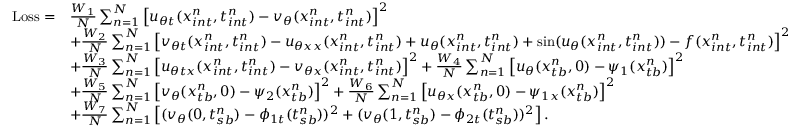
\begin{array} { r l } { \mathrm { L o s s } = } & { \frac { W _ { 1 } } { N } \sum _ { n = 1 } ^ { N } \left[ u _ { \theta t } ( x _ { i n t } ^ { n } , t _ { i n t } ^ { n } ) - v _ { \theta } ( x _ { i n t } ^ { n } , t _ { i n t } ^ { n } ) \right] ^ { 2 } } \\ & { + \frac { W _ { 2 } } { N } \sum _ { n = 1 } ^ { N } \left[ v _ { \theta t } ( x _ { i n t } ^ { n } , t _ { i n t } ^ { n } ) - u _ { \theta x x } ( x _ { i n t } ^ { n } , t _ { i n t } ^ { n } ) + u _ { \theta } ( x _ { i n t } ^ { n } , t _ { i n t } ^ { n } ) + \sin ( u _ { \theta } ( x _ { i n t } ^ { n } , t _ { i n t } ^ { n } ) ) - f ( x _ { i n t } ^ { n } , t _ { i n t } ^ { n } ) \right] ^ { 2 } } \\ & { + \frac { W _ { 3 } } { N } \sum _ { n = 1 } ^ { N } \left[ u _ { \theta t x } ( x _ { i n t } ^ { n } , t _ { i n t } ^ { n } ) - v _ { \theta x } ( x _ { i n t } ^ { n } , t _ { i n t } ^ { n } ) \right] ^ { 2 } + \frac { W _ { 4 } } { N } \sum _ { n = 1 } ^ { N } \left[ u _ { \theta } ( x _ { t b } ^ { n } , 0 ) - \psi _ { 1 } ( x _ { t b } ^ { n } ) \right] ^ { 2 } } \\ & { + \frac { W _ { 5 } } { N } \sum _ { n = 1 } ^ { N } \left[ v _ { \theta } ( x _ { t b } ^ { n } , 0 ) - \psi _ { 2 } ( x _ { t b } ^ { n } ) \right] ^ { 2 } + \frac { W _ { 6 } } { N } \sum _ { n = 1 } ^ { N } \left[ u _ { \theta x } ( x _ { t b } ^ { n } , 0 ) - \psi _ { 1 x } ( x _ { t b } ^ { n } ) \right] ^ { 2 } } \\ & { + \frac { W _ { 7 } } { N } \sum _ { n = 1 } ^ { N } \left[ ( v _ { \theta } ( 0 , t _ { s b } ^ { n } ) - \phi _ { 1 t } ( { t _ { s b } ^ { n } } ) ) ^ { 2 } + ( v _ { \theta } ( 1 , t _ { s b } ^ { n } ) - \phi _ { 2 t } ( { t _ { s b } ^ { n } } ) ) ^ { 2 } \right] . } \end{array}